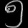
Digit: ၅